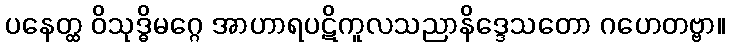
ပနေတ္ထ ဝိသုဒ္ဓိမဂ္ဂေ အာဟာရပဋိကူလသညာနိဒ္ဒေသတော ဂဟေတဗ္ဗာ။